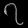
Digit: ၇